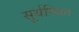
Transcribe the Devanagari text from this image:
सूर्यस्थित